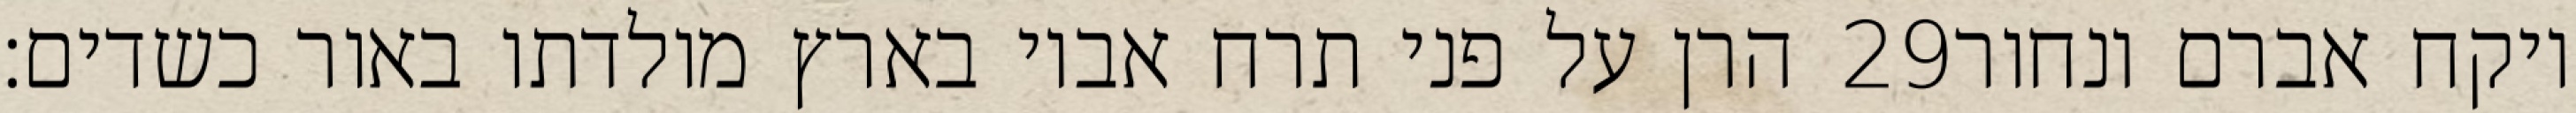
הרן על פני תרח אביו בארץ מולדתו באור כשדים׃ ‎29‏ ויקח אברם ונחור